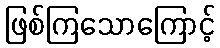
ဖြစ်ကြသောကြောင့်